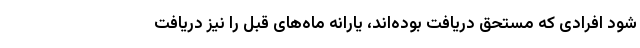
شود افرادی که مستحق دریافت بوده‌اند، یارانه ماه‌های قبل را نیز دریافت